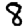
Digit: 8